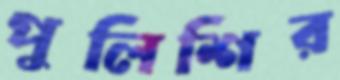
পুলিশির